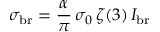
\sigma _ { \mathrm { b r } } = { \frac { \alpha } { \pi } } \, \sigma _ { 0 } \, \zeta ( 3 ) \, I _ { \mathrm { b r } }